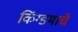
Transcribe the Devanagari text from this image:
किंग्डमाचे